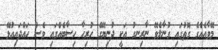
މޭވާއެއްގެ ގޮތުގައި ގުނާލެވޭ ނާރިނގު އަކީ ދުނިޔޭގެ ހުރިހާ ހިސާބެއްގައި ވެސް ހައްދައިއުޅޭ